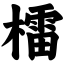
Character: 檑